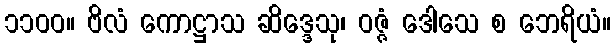
၁၁၀၀။ ဗိလံ ကောဋ္ဌာသ ဆိဒ္ဒေသု၊ ဝဇ္ဇံ ဒေါသေ စ ဘေရိယံ။